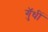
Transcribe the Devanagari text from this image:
गुॅधीं